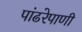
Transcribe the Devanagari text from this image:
पांढरेपाणी